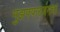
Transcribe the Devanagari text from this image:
मुझफ्फरजंगचा